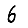
Digit: 6